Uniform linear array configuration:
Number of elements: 24
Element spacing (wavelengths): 1
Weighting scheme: hann
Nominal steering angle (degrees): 15
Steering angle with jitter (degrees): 13.483
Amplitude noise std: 0.05
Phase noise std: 0.05

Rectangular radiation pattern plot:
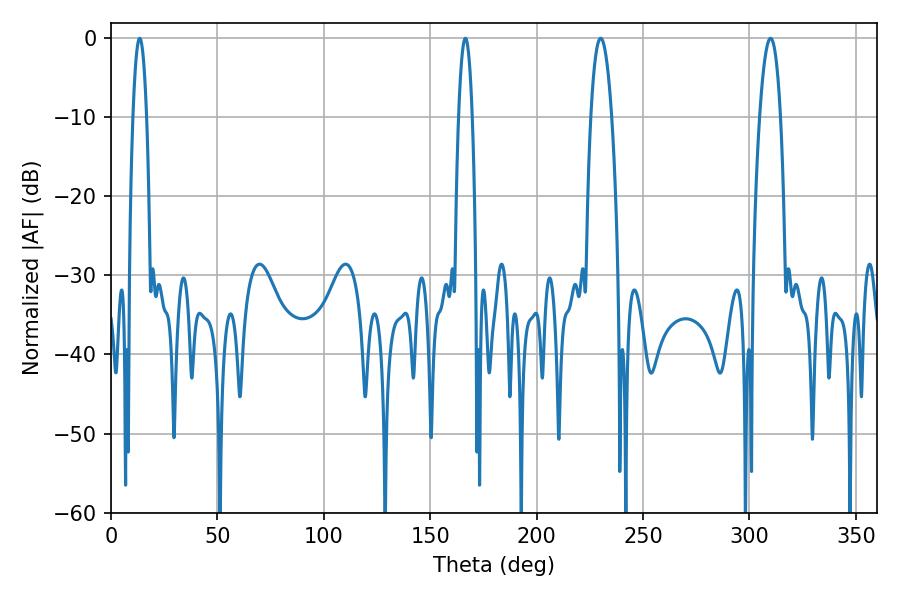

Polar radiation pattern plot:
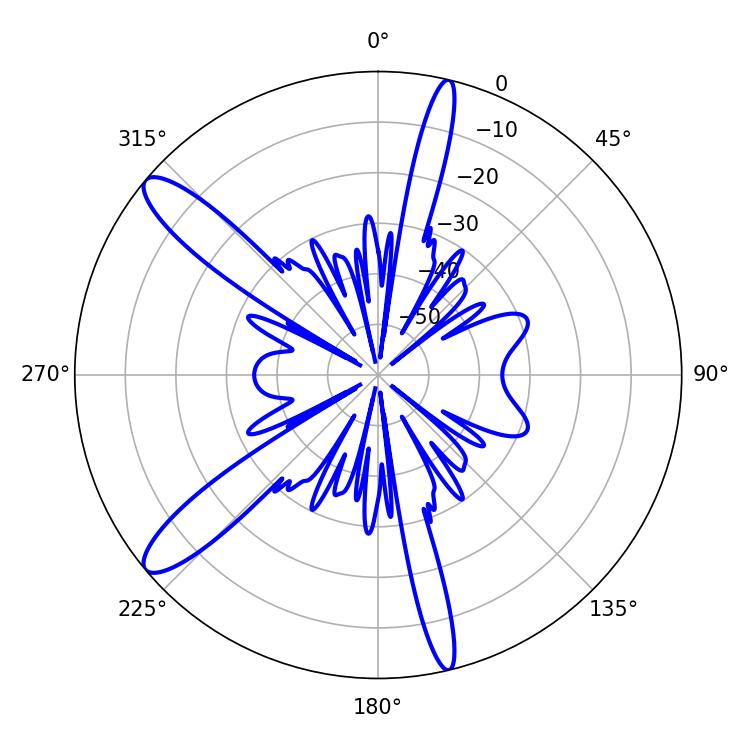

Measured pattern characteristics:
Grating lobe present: TRUE
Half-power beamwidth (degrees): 3.6
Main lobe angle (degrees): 13.5